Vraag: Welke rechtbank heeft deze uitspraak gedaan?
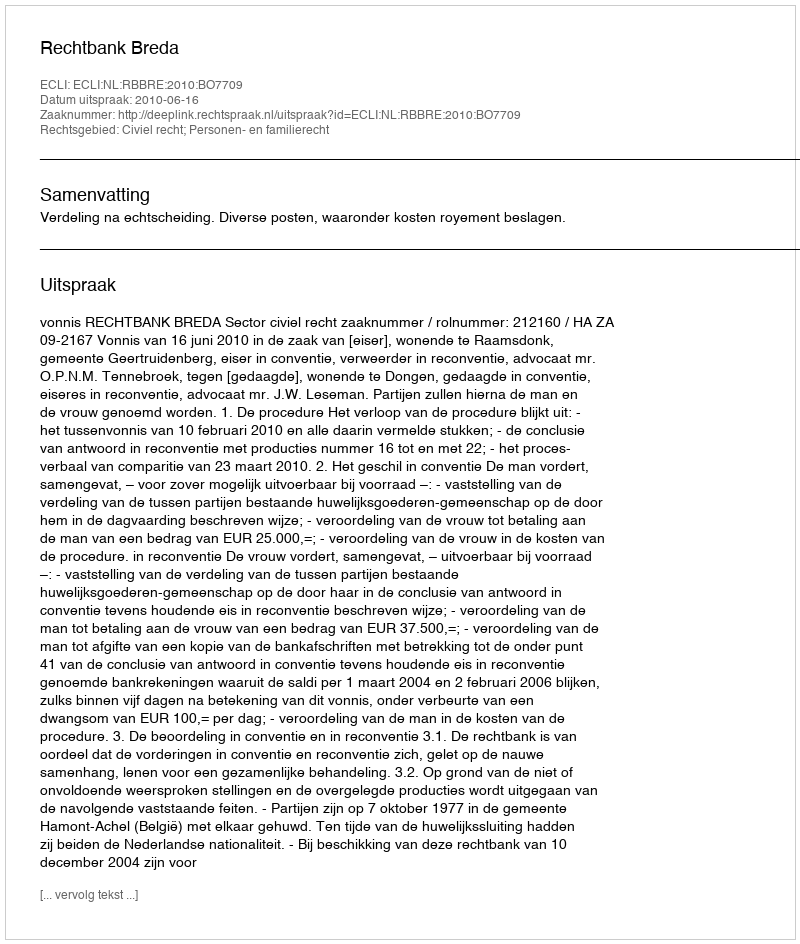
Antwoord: Rechtbank Breda